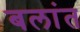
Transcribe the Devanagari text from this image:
बलांत